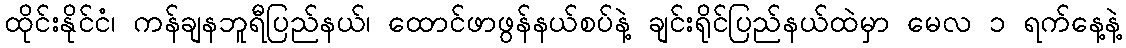
ထိုင်းနိုင်ငံ၊ ကန်ချနဘူရီပြည်နယ်၊ ထောင်ဖာဖွန်နယ်စပ်နဲ့ ချင်းရိုင်ပြည်နယ်ထဲမှာ မေလ ၁ ရက်နေ့နဲ့